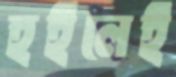
হইলেই